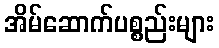
အိမ်ဆောက်ပစ္စည်းများ